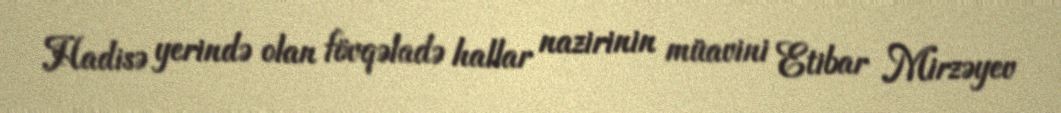
Hadisə yerində olan fövqəladə hallar nazirinin müavini Etibar Mirzəyev